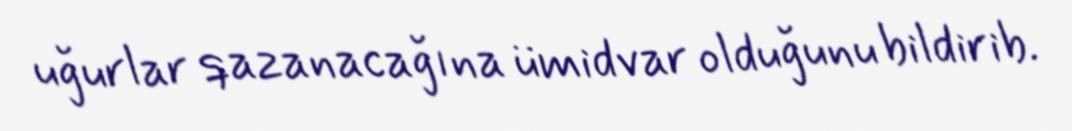
uğurlar qazanacağına ümidvar olduğunu bildirib.